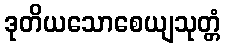
ဒုတိယသောစေယျသုတ္တံ